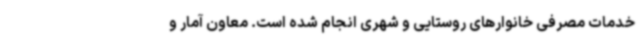
خدمات مصرفی خانوارهای روستایی و شهری انجام شده است. معاون آمار و